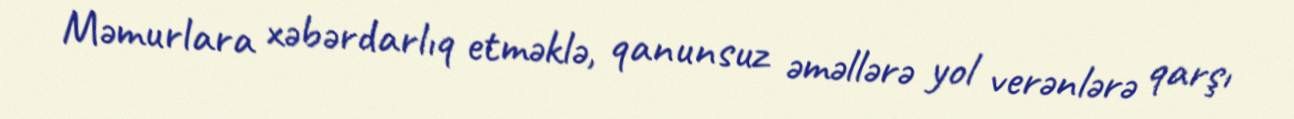
Məmurlara xəbərdarlıq etməklə, qanunsuz əməllərə yol verənlərə qarşı